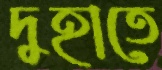
দুহাতে